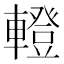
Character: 𨎤